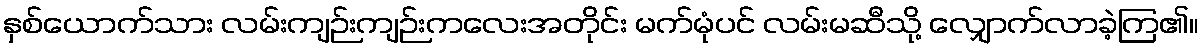
နှစ်ယောက်သား လမ်းကျဉ်းကျဉ်းကလေးအတိုင်း မက်မုံပင် လမ်းမဆီသို့ လျှောက်လာခဲ့ကြ၏။